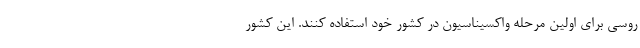
روسی برای اولین مرحله واکسیناسیون در کشور خود استفاده کنند. این کشور